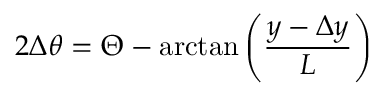
2 \Delta \theta = \Theta - \arctan \left( \frac { y - \Delta y } { L } \right)